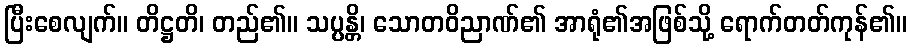
ပြီးစေလျက်။ တိဋ္ဌတိ၊ တည်၏။ သပ္ပန္တိ၊ သောတဝိညာဏ်၏ အာရုံ၏အဖြစ်သို့ ရောက်တတ်ကုန်၏။